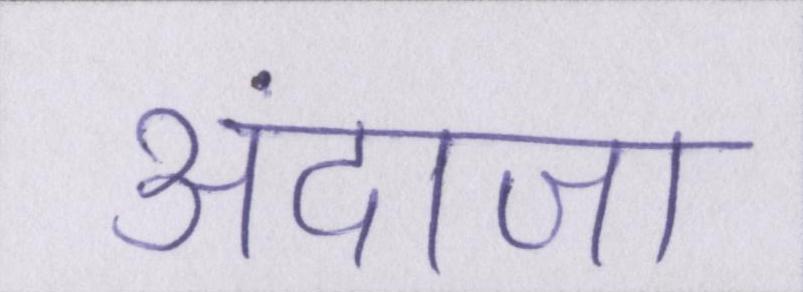
अंदाजा